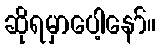
ဆိုရမှာပေါ့နော်။